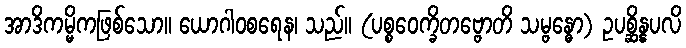
အာဒိကမ္မိကဖြစ်သော။ ယောဂါဝစရေန၊ သည်။ (ပစ္စဝေက္ခိတဗ္ဗောတိ သမ္ဗန္ဓော) ဥပစ္ဆိန္နပလိ